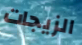
الزيجات